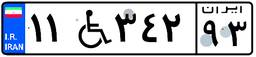
۱۸W۱۲۹۲۵